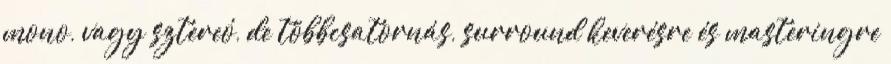
mono, vagy sztereó, de többcsatornás, surround keverésre és masteringre